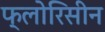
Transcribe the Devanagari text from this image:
फ्लोरिसीन